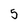
Character: 5